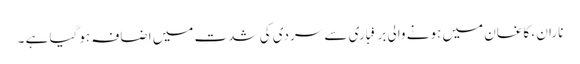
ناران ، کاغان میں ہونے والی برفباری سے سردی کی شدت میں اضافہ ہوگیا ہے ۔